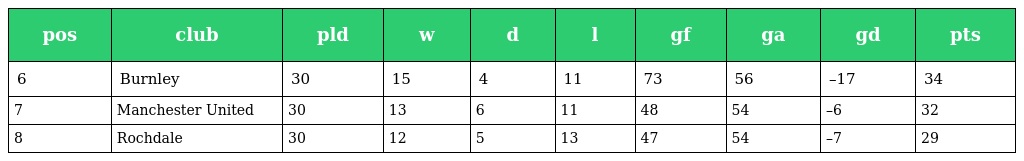
| pos | club | pld | w | d | l | gf | ga | gd | pts |
 | --- | --- | --- | --- | --- | --- | --- | --- | --- | --- |
 | 6 | Burnley | 30 | 15 | 4 | 11 | 73 | 56 | –17 | 34 |
 | 7 | Manchester United | 30 | 13 | 6 | 11 | 48 | 54 | –6 | 32 |
 | 8 | Rochdale | 30 | 12 | 5 | 13 | 47 | 54 | –7 | 29 |